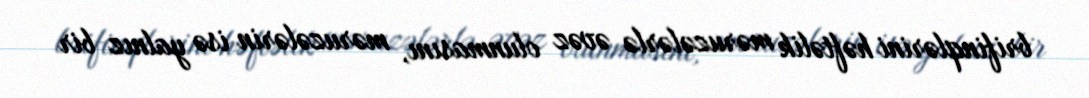
brifinqlərini həftəlik məruzələrlə əvəz olunmasını, məruzələrin isə yalnız bir